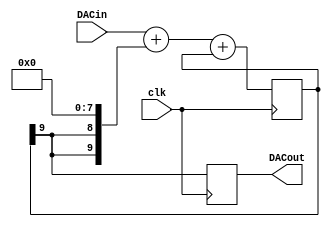
module ds8dac1_1(clk, DACin, DACout);
output DACout; 
reg DACout; 
input [7:0] DACin; 
input clk;
reg [9:0] DeltaAdder; 
reg [9:0] SigmaAdder; 
reg [9:0] SigmaLatch; 
reg [9:0] DeltaB; 
initial
begin
  DeltaAdder = 10'd0;
  SigmaAdder = 10'd0;
  SigmaLatch = 10'd0;
  DeltaB = 10'd0;
end
always @(SigmaLatch) DeltaB = {SigmaLatch[9], SigmaLatch[9]} << (8);
always @(DACin or DeltaB) DeltaAdder = DACin + DeltaB;
always @(DeltaAdder or SigmaLatch) SigmaAdder = DeltaAdder + SigmaLatch;
always @(posedge clk)
begin
  SigmaLatch <= SigmaAdder;
  DACout <=  SigmaLatch[9];
end
endmodule